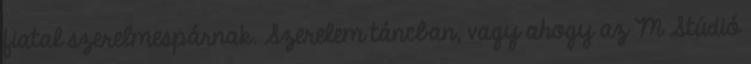
fiatal szerelmespárnak. Szerelem táncban, vagy ahogy az M Stúdió